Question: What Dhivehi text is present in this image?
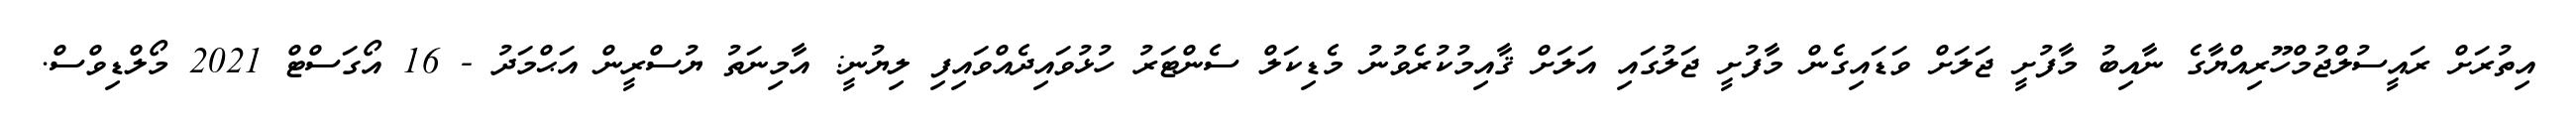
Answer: އިތުރަށް ރައީސުލްޖުމްހޫރިއްޔާގެ ނާއިބު މާފުށީ ޖަލަށް ވަޑައިގެން މާފުށީ ޖަލުގައި އަލަށް ޤާއިމުކުރެވުނު މެޑިކަލް ސެންޓަރު ހުޅުވައިދެއްވައިފި ލިޔުނީ: އާމިނަތު ޔުސްރީން އަޙްމަދު - 16 އޯގަސްޓް 2021 މޯލްޑިވްސް.